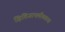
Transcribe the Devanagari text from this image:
क्षितिजापलीकडचा